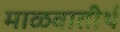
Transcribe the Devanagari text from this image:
माळवातीर्थ